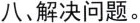
八、解决问题。